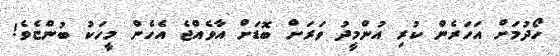
ހޯދުމަށް އަހަރެން ކުރި އުންމީދު ވަރަށް ބޮޑަށް އާވެއްޖެ އެހެން މީހަކު ބުންޏެވެ!